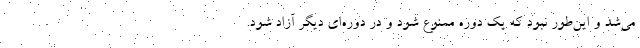
می‌شد و این‌طور نبود که یک دوره ممنوع شود و در دوره‌ای دیگر آزاد شود.